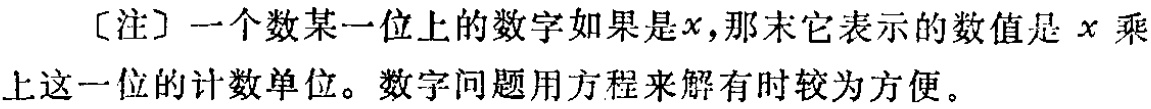
[注] 一个数某一位上的数字如果是\(x\)，那末它表示的数值是 \(x\) 乘上这一位的计数单位。数字问题用方程来解有时较为方便。